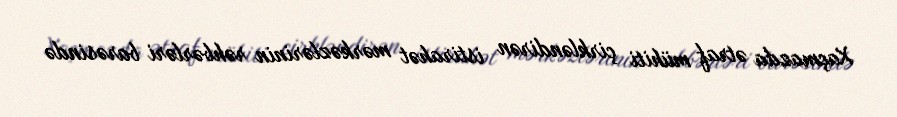
Xaçmazda ətraf mühiti çirkləndirən istirahət mərkəzlərinin rəhbərləri barəsində